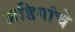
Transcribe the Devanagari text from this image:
अडिगांचे